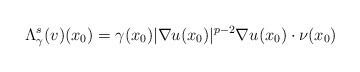
LaTeX: \begin{align*}\Lambda_\gamma^s (v)(x_0) = \gamma(x_0) |\nabla u(x_0)|^{p-2}\nabla u(x_0) \cdot \nu(x_0)\end{align*}